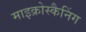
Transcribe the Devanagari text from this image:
माइक्रोस्कैनिंग